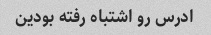
ادرس رو اشتباه رفته بودین